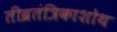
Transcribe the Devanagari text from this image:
तीव्रतंत्रिकाशोथ